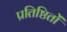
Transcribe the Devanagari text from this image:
प्रतिष्ठितों